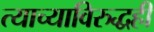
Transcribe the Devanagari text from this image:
त्याच्याविरुद्धही